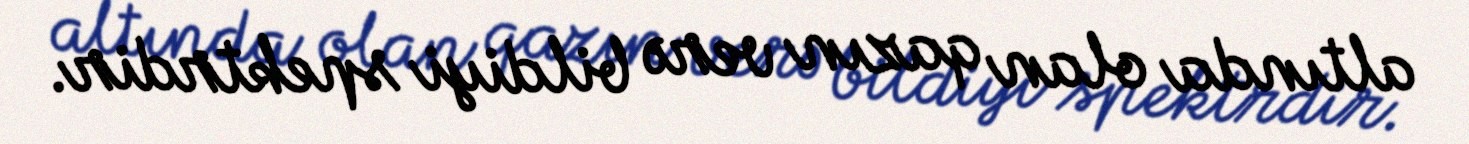
altında olan qazın verə bildiyi spektrdir.